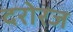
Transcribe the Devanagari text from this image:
दरोरज